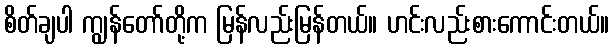
စိတ်ချပါ ကျွန်တော်တို့က မြန်လည်းမြန်တယ်။ ဟင်းလည်းစားကောင်းတယ်။